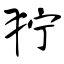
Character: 狞